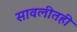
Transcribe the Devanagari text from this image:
सावलीतही